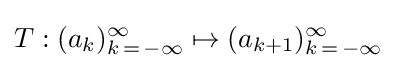
T:(a_{k})_{k\,=\,-\infty }^{\infty }\mapsto (a_{k+1})_{k\,=\,-\infty }^{\infty }